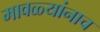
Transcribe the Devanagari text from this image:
मावळ्यांनाच